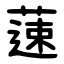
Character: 䔎